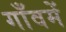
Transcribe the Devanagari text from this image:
गाँवमें